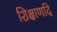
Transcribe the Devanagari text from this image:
शिक्षाणदि